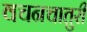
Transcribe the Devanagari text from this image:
वचनचातुरी